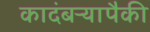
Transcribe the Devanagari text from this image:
कादंबऱ्यापैकी